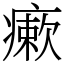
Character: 瘶